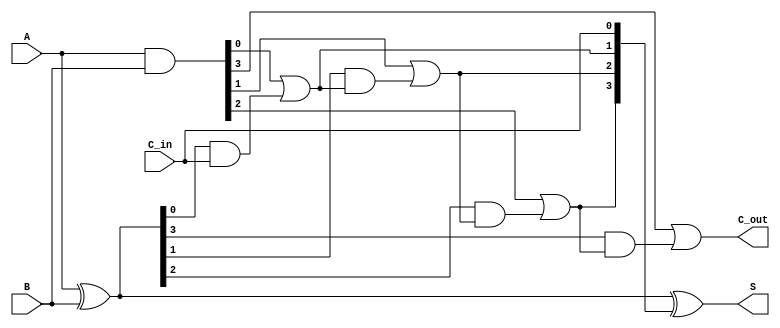
module CarryLookaheadAdder #(parameter n = 4) (
    input [n-1:0] A,        // First n-bit input
    input [n-1:0] B,        // Second n-bit input
    input C_in,             // Carry input
    output [n-1:0] S,       // n-bit sum output
    output C_out            // Carry output
);

    // Generate and Propagate signals
    wire [n-1:0] G; // Generate signals
    wire [n-1:0] P; // Propagate signals
    wire [n:0] C;   // Carry signals

    // Generate and Propagate logic
    assign G = A & B;           // G[i] = A[i] AND B[i]
    assign P = A ^ B;           // P[i] = A[i] XOR B[i]

    // Carry signals calculation
    assign C[0] = C_in;         // C[0] = C_in
    genvar i;
    generate
        for (i = 0; i < n; i = i + 1) begin : carry_logic
            if (i == 0) begin
                assign C[i + 1] = G[i] | (P[i] & C[i]); // C[1] = G[0] + (P[0] * C[0])
            end else begin
                assign C[i + 1] = G[i] | (P[i] & C[i]); // C[i+1] = G[i] + (P[i] * C[i])
            end
        end
    endgenerate

    // Sum calculation
    assign S = P ^ C[n-1:0]; // S[i] = P[i] XOR C[i]

    // Carry output
    assign C_out = C[n]; // Final carry out

endmodule